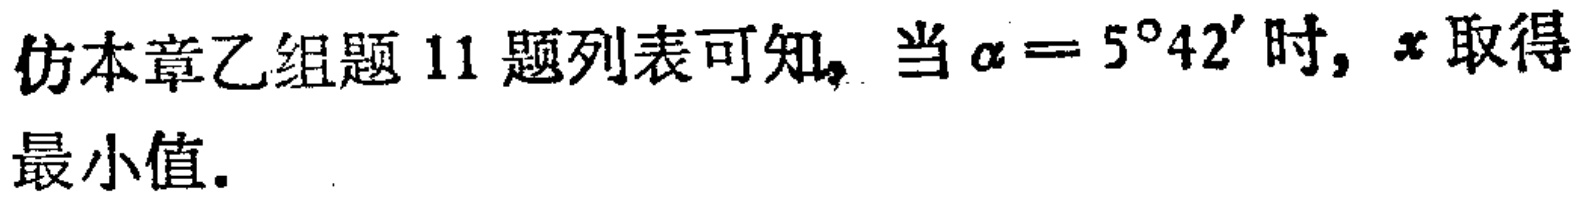
仿本章乙组题 11 题列表可知，当\(\alpha = 5^{\circ}42'\)时，\(x\)取得最小值.